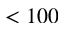
< 1 0 0